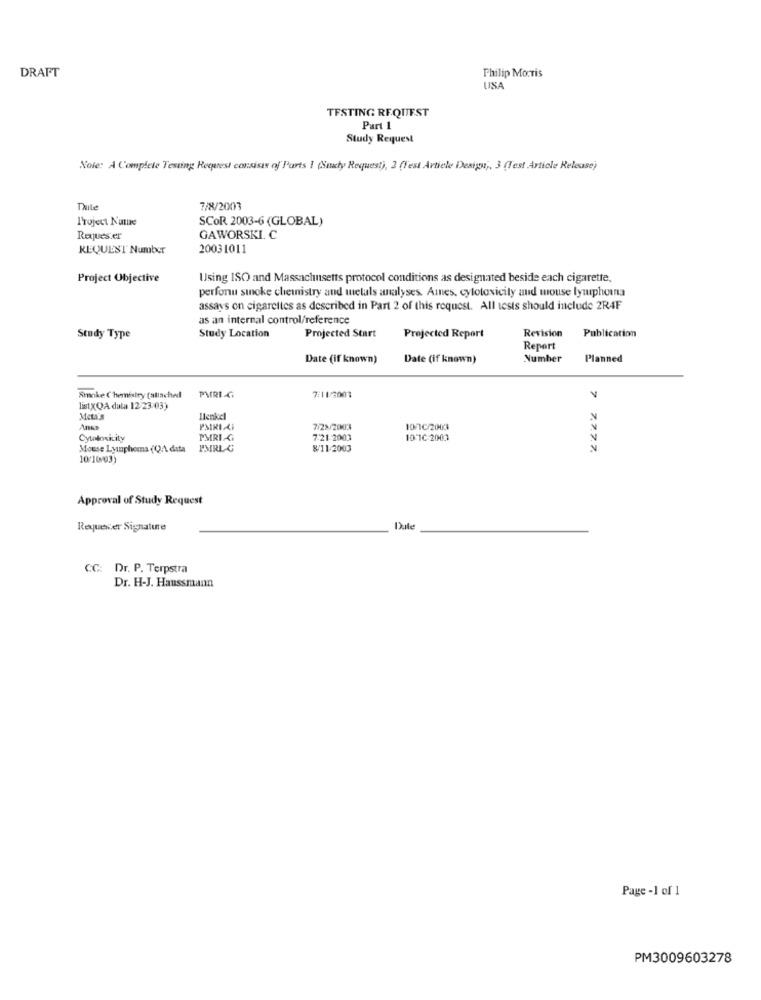
DRAFT
Philip Morris
USA
TESTING REQUEST
Part 1
Study Request
Nole: A Complete Testing Request consists of Parts I (Suaty Request), 2 (Test Article Design ,, 3 (Test Article Release)
Thile
7/8/2003
Project Name
SCOR 2003-6 (GLOBAL)
Reques er
GAWORSKI C
REQUEST Number
20031011
Project Objective
Using ISO and Massachusetts protocol conditions as designated beside each cigarette,
perfonu sinoke chemistry and metals analyses. Amnes, cytotoxicity and mouse lymphoma
assays on cigarettes as described in Part 2 of this request. All tests should include 2R4F
as an internal control/reference
Study Type
Study Location
Projected Start
Projected Report
Revision
Publication
Report
Date (if known)
Date (if known)
Number
Planned
Smoke Chemistry (attached
PVRI-GI
7:11/2003
listxQA dala 12/23:03)
MetA's
Ilenkel
PMIRI AF
7/28/2003
10/C/2003
Cytołowicity
PMRICI
7:21-2003
10-1C-2003
Mouse Lymphoma (0.1 data
PMRL C
8/11-2003
7 7.7.7.7.
10:10/03)
Approval of Study Request
Requerer Signature
Dute
CC: Dr. P. Terpstra
Dr. H-J. Haussmann
Page -1 of 1
PM3009603278